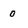
Character: 0